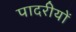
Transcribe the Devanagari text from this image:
पादरीयों